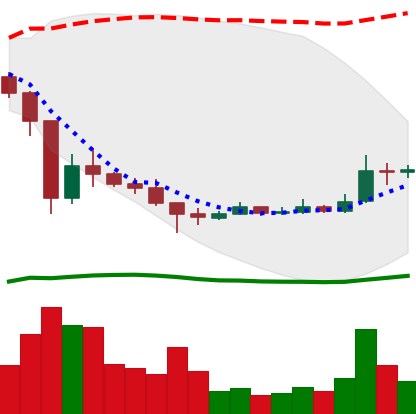
Ticker: XRP-USD
Chart end date: 2021-01-09
Forward return: -9.629%
Label: down_7plus